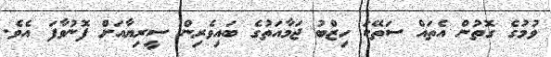
ވުމުގެ ގޮތުން އެތައް ސަތޭކަ ހިޒްބު ޖަމާއަތުގެ ބައިވެރިން ސީރިޔާއަށް ފޮނުވާފަ އެވެ.